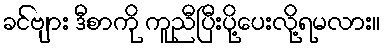
ခင်ဗျား ဒီစာကို ကူညီပြီးပို့ပေးလို့ရမလား။